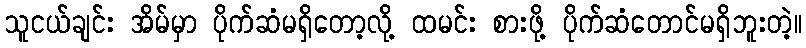
သူငယ်ချင်း အိမ်မှာ ပိုက်ဆံမရှိတော့လို့ ထမင်း စားဖို့ ပိုက်ဆံတောင်မရှိဘူးတဲ့။